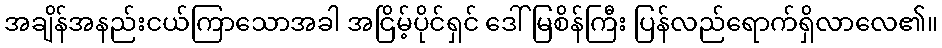
အချိန်အနည်းငယ်ကြာသောအခါ အငြိမ့်ပိုင်ရှင် ဒေါ်မြစိန်ကြီး ပြန်လည်ရောက်ရှိလာလေ၏။